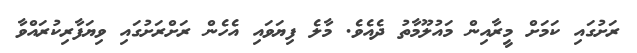
ރަށުގައި ކަމަށް މީރާއިން މައުލޫމާތު ދެއެވެ. މާލެ ފިޔަވައި އެހެން ރަށްރަށުގައި ވިޔަފާރިކުރައްވާ